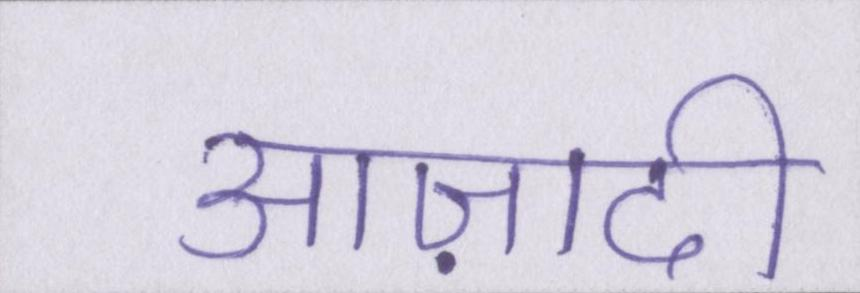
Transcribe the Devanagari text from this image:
आज़ादी